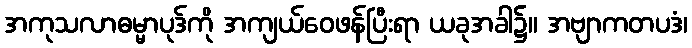
အကုသလာဓမ္မာပုဒ်ကို အကျယ်ဝေဖန်ပြီးရာ ယခုအခါ၌။ အဗျာကတပဒံ၊